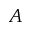
A